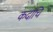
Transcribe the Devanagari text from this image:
कदाचि